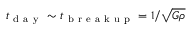
t _ { \mathrm { ~ d ~ a ~ y ~ } } \sim t _ { \mathrm { ~ b ~ r ~ e ~ a ~ k ~ u ~ p ~ } } = 1 / \sqrt { G \rho }